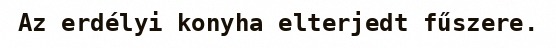
Az erdélyi konyha elterjedt fűszere.